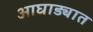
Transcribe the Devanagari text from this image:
आघाड्यात